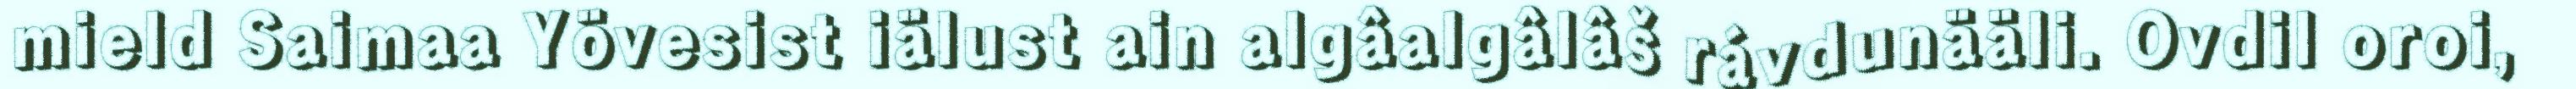
mield Saimaa Yövesist iälust ain algâalgâlâš rávdunääli. Ovdil oroi,